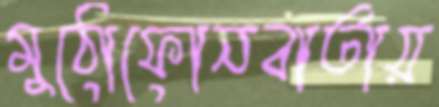
মুঠোফোনবার্তায়